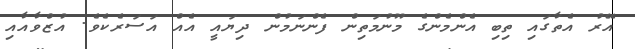
އޭރު އެތާގައި ތިބި އެންމެންގެ މޫނުމަތިން ފެންނަމުން ދިޔައީ އެއް އަސަރެކެވެ. އުޒްވާއާއި